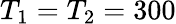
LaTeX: T_{1}=T_{2}=300